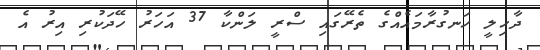
ދާހިލީ ހަނގުރާމައެއްގެ ތެރޭގައި ސްރީ ލަންކާ 37 އަހަރު ހޭދަކުރި އިރު އެ